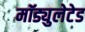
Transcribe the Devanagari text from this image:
मॉड्युलेटेड